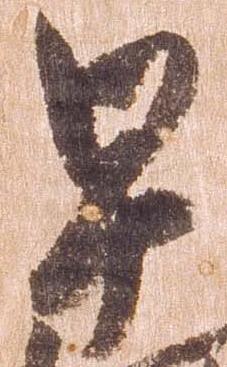
早